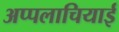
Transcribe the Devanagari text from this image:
अप्पलाचियाई